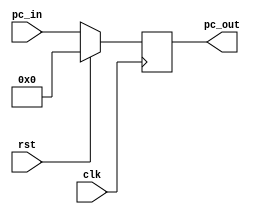
module program_counter(
    input [31:0] pc_in,
    input clk,
    input rst,
    output reg [31:0] pc_out
    );

    always @(posedge clk) begin
        if(rst) begin
            pc_out <= 32'd0;
        end 
        
        else begin
            pc_out <= pc_in;
        end
    end

endmodule